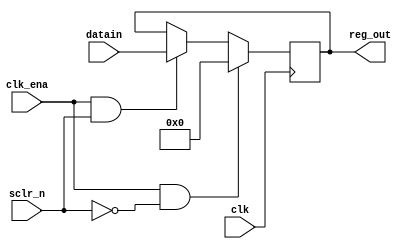
`timescale 1ns / 1ps

module register_16bit
(
    input  clk,sclr_n,clk_ena,
    input [15:0]datain,
    output reg [15:0]reg_out
);

 always@(posedge clk )
 begin
  if(clk_ena==1'b1&sclr_n==1'b0)
     reg_out <= 16'b0;
  else if(clk_ena==1'b1&sclr_n==1'b1)
     reg_out <= datain;

 end
    
endmodule